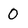
Character: 0